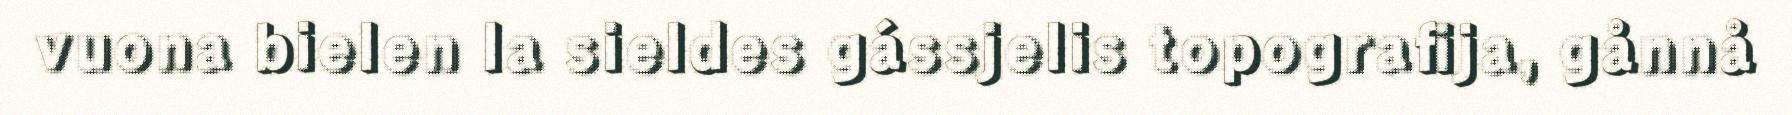
vuona bielen la sieldes gássjelis topografija, gånnå